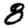
Digit: 8